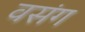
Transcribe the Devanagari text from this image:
वसंग